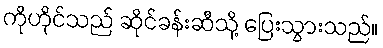
ကိုဟိုင်သည် ဆိုင်ခန်းဆီသို့ ပြေးသွားသည်။